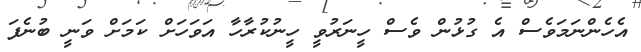
އެހެންނަމަވެސް އެ ގުޅުން ވެސް ހީނަރުވީ ހީނުކުރާހާ އަވަހަށް ކަމަށް ވަނީ ބުނެފަ